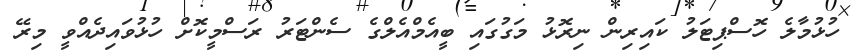
ހުޅުމާލެ ހޮސްޕިޓަލު ކައިރިން ނިރޮޅު މަގުގައި ބީއެމްއެލްގެ ސެންޓަރު ރަސްމީކޮށް ހުޅުވައިދެއްވީ މިރޭ